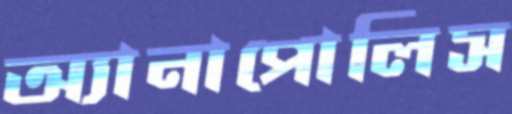
অ্যানাপোলিস